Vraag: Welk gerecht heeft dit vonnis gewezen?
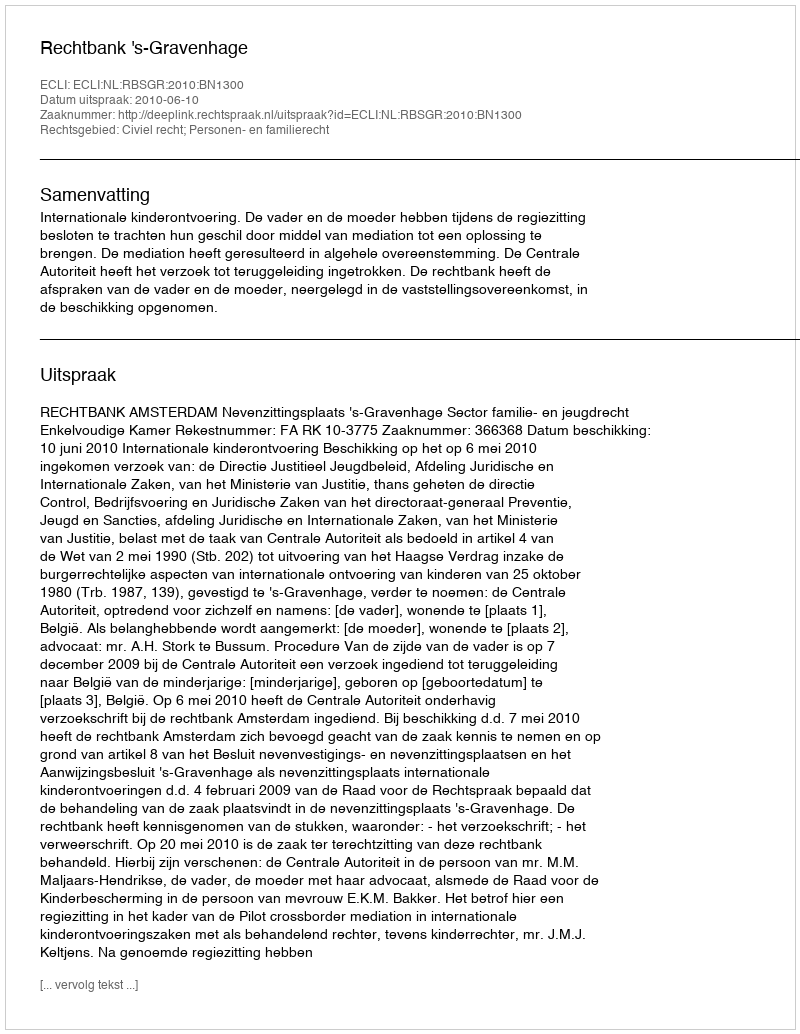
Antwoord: Rechtbank 's-Gravenhage